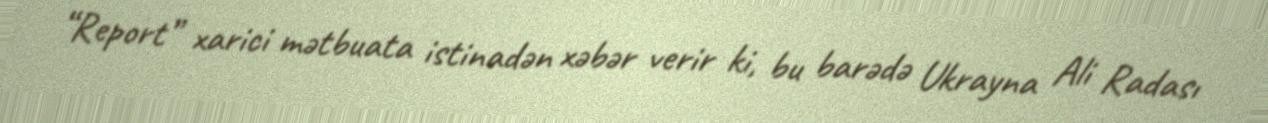
“Report” xarici mətbuata istinadən xəbər verir ki, bu barədə Ukrayna Ali Radası